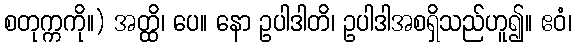
စတုက္ကကို။) အတ္ထိ၊ ပေ။ နော ဥပါဒါတိ၊ ဥပါဒါအစရှိသည်ဟူ၍။ ဧဝံ၊